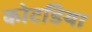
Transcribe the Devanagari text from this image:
कोटडिया